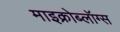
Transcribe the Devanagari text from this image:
माइक्रोब्लॉग्स